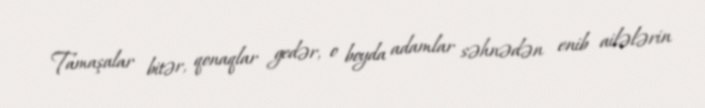
Tamaşalar bitər, qonaqlar gedər, o boyda adamlar səhnədən enib ailələrin